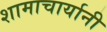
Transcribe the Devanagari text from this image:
शामाचार्यानी